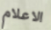
الاعلام